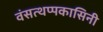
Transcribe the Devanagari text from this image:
वंसत्थप्पकासिनी